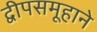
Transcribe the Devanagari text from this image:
द्वीपसमूहाने